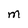
Character: M